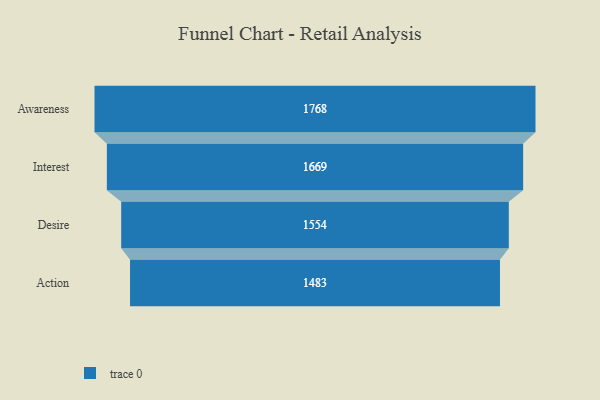
{"axis": {"x": "Stage", "y": "Value"}, "legend": [""], "data": [{"x": "Awareness", "y": 1768.0, "type": ""}, {"x": "Interest", "y": 1669.0, "type": ""}, {"x": "Desire", "y": 1554.0, "type": ""}, {"x": "Action", "y": 1483.0, "type": ""}]}